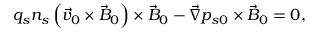
q _ { s } n _ { s } \left( \vec { v } _ { 0 } \times \vec { B } _ { 0 } \right) \times \vec { B } _ { 0 } - \vec { \nabla } p _ { s 0 } \times \vec { B } _ { 0 } = 0 ,